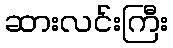
ဆားလင်းကြီး